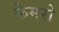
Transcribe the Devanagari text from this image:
केमरो